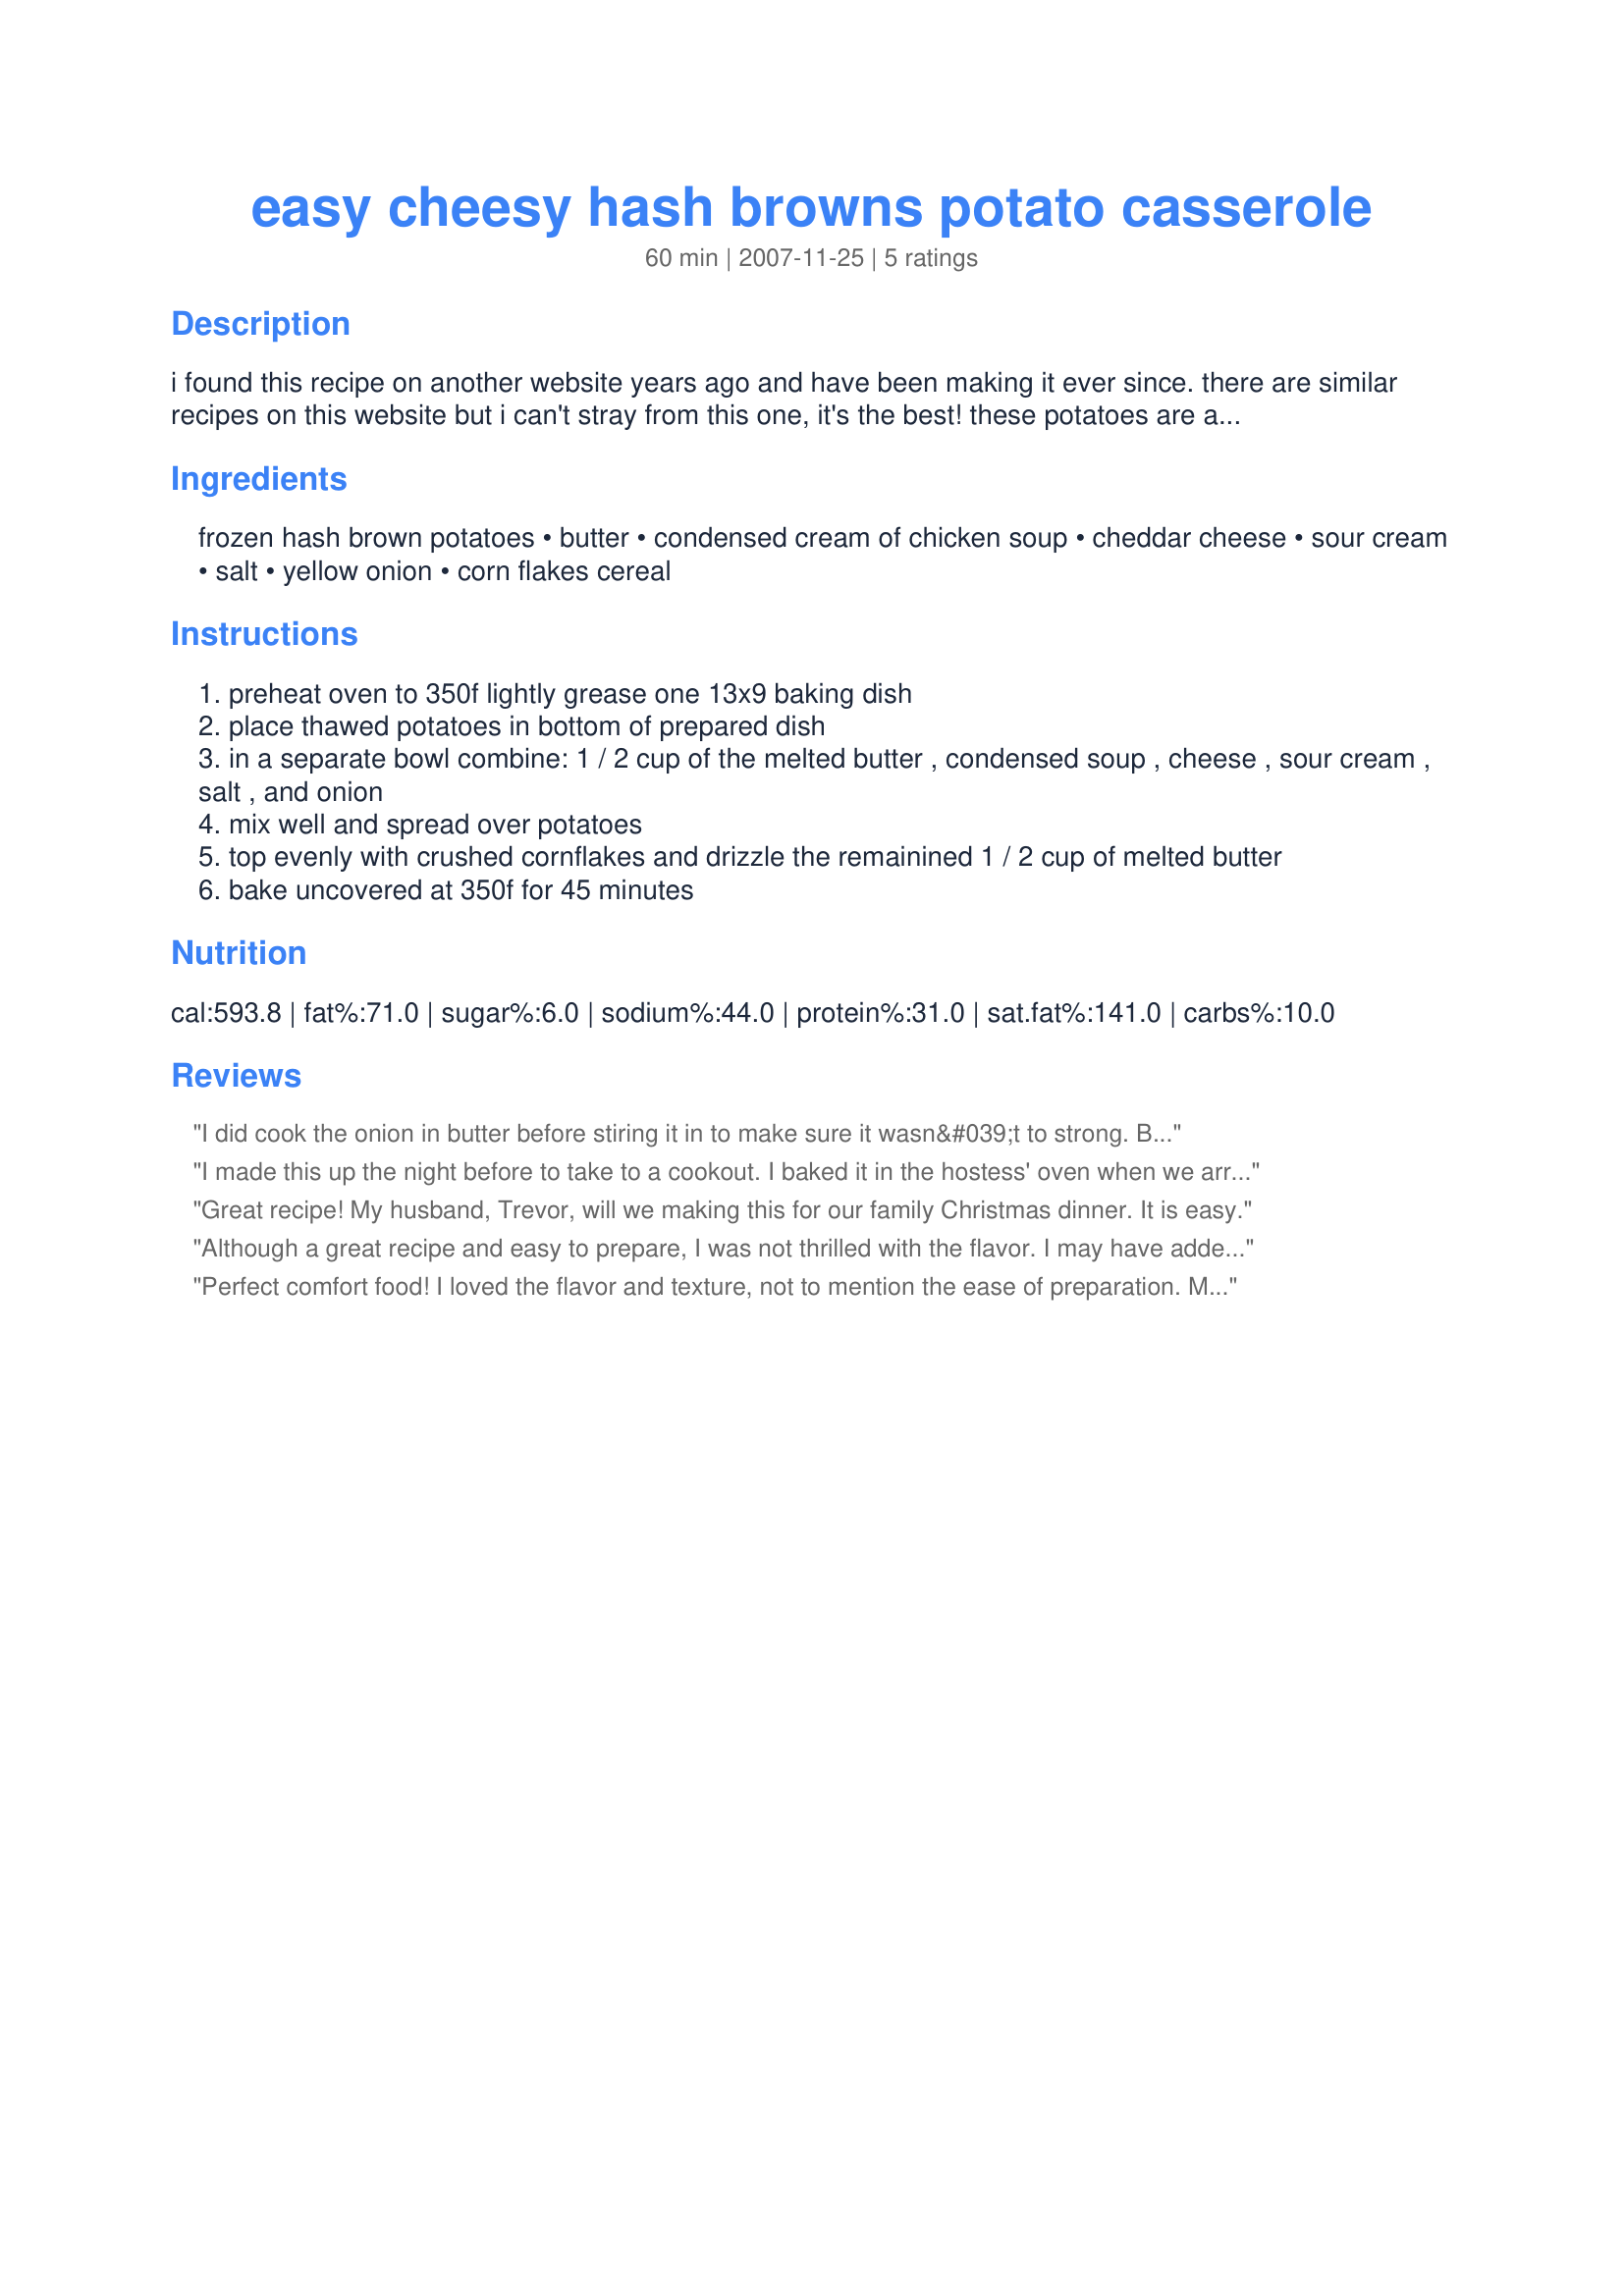
easy cheesy hash browns potato casserole
Preparation time: 60 minutes

i found this recipe on another website years ago and have been making it ever since. there are similar recipes on this website but i can't stray from this one, it's the best! these potatoes are a staple at my family functions, even my very picky little cousins love them. i usually prepare it a day in advance and bake it when needed.

Ingredients:
frozen hash brown potatoes, butter, condensed cream of chicken soup, cheddar cheese, sour cream, salt, yellow onion, corn flakes cereal

Steps:
preheat oven to 350f lightly grease one 13x9 baking dish
place thawed potatoes in bottom of prepared dish
in a separate bowl combine: 1 / 2 cup of the melted butter , condensed soup , cheese , sour cream , salt , and onion
mix well and spread over potatoes
top evenly with crushed cornflakes and drizzle the remainined 1 / 2 cup of melted butter
bake uncovered at 350f for 45 minutes

Reviews:
I did cook the onion in butter before stiring it in to make sure it wasn&#039;t to strong. Brought to a birthday pot luck Everyone was so happy to see, it all was gone. maybe should make two of it if taking to a big party :) I almost feel it could have used more corn flakes with that amount of butter? Either way still awesome thanks for posting! Our go to pot luck side dish!
I made this up the night before to take to a cookout. I baked it in the hostess' oven when we arrived. It was the first dish to go, everyone raved about it. They all loved the cornflake topping, do not omit. A nice change from potato salad.
Great recipe! My husband, Trevor, will we making this for our family Christmas dinner. It is easy.
Although a great recipe and easy to prepare, I was not thrilled with the flavor. I may have added to much onion as the taste was over powering. I suggest sticking to the recipe and not added the extra. Also, next time I would mix the potatoes with the sour cream/soup/cheese then place in the pan.
Perfect comfort food! I loved the flavor and texture, not to mention the ease of preparation. My boys were not thrilled though - don't know what about this recipe would turn them off, because it has many of their favorites. Regardless, it will go in our Menu rotation so I can have it! Thank you for such a wonderful sidedish!
